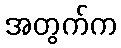
အတွက်က